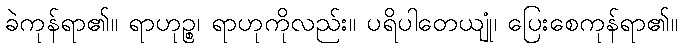
ခဲကုန်ရာ၏။ ရာဟုဉ္စ၊ ရာဟုကိုလည်း။ ပရိပါတေယျုံ၊ ပြေးစေကုန်ရာ၏။